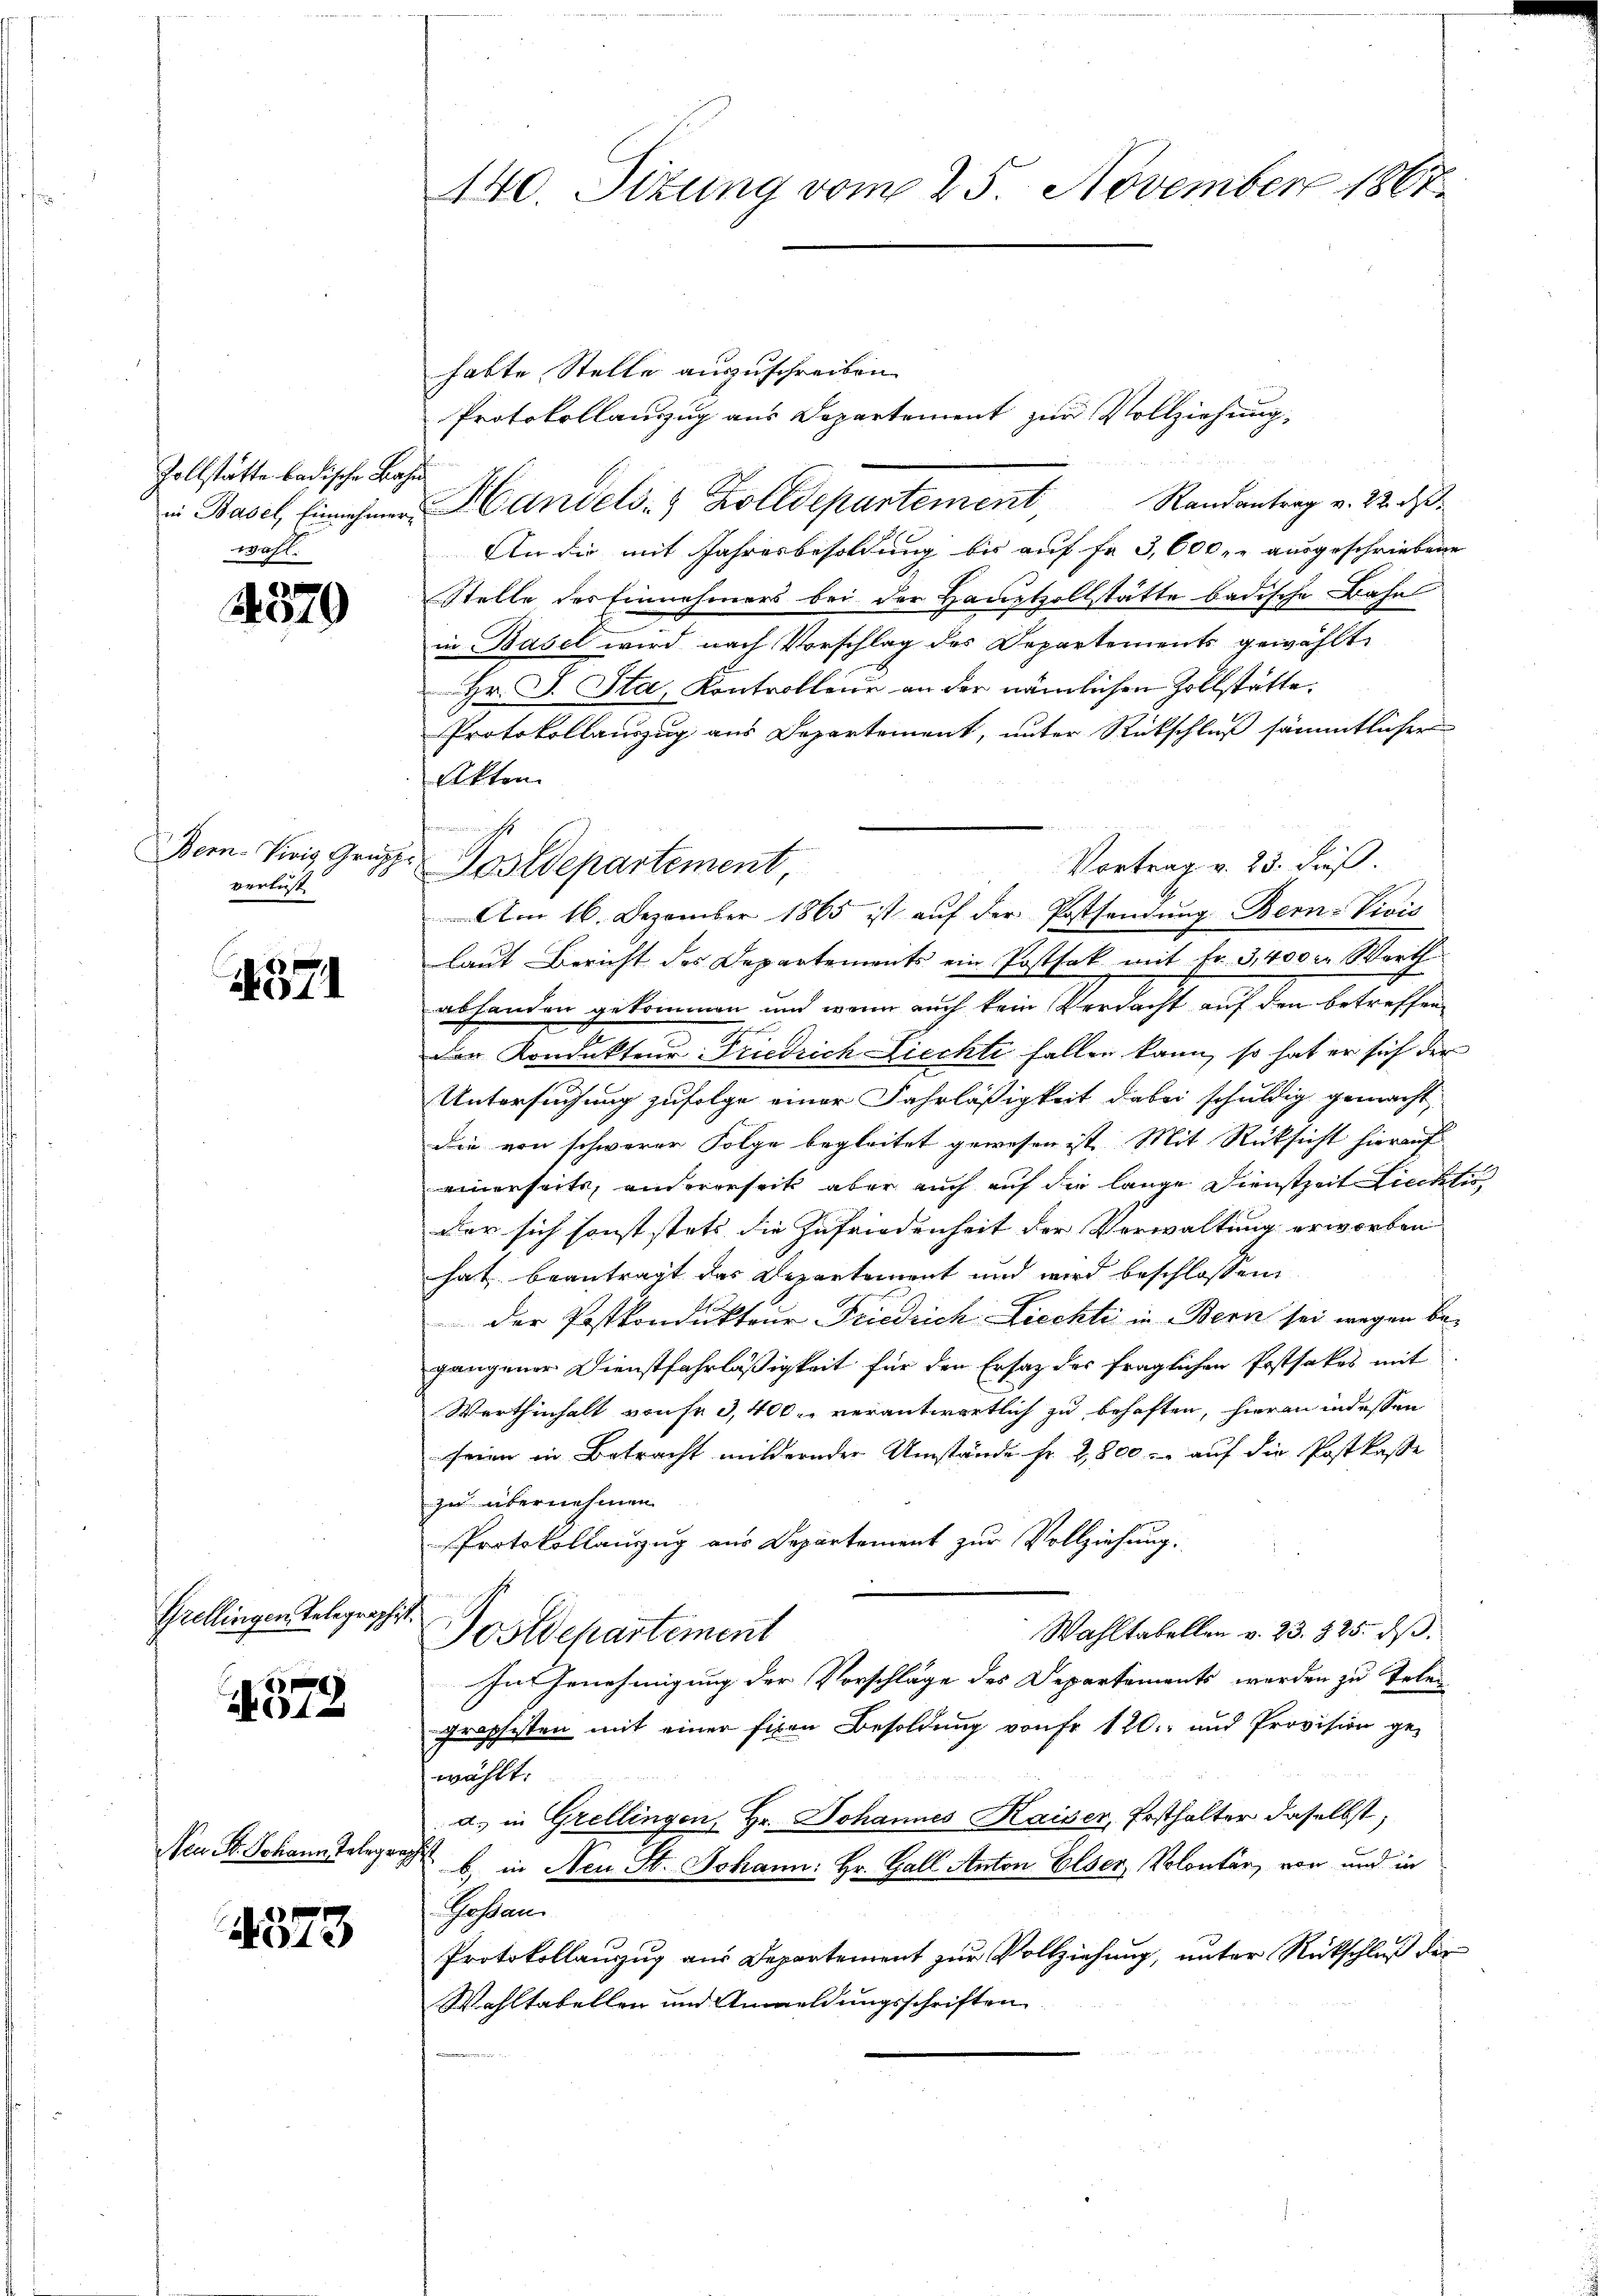
Zollstätte badische Bahn
wahl.

4379

Bern Viois Grupp
verlust

4571

Grellingen Telegraphist.
1

A01

Ven. Fr. Johann Telegraphe

4373

habte Stelle auszuschreiben.
Protokollauszug aus Departement zur Vollziehung,
.
in Basel Einnehmen Handels- & Zolldepartement, Randantrag v. 22. d.
An die mit Jahresbesoldung bis auf Fr. 3,600 r. ausgeschriebene
Stelle des Einnahmers bei der Hauptzollstätte badische Bahn
in Basel wird nach Vorschlag des Departements gewählt
Hr. J. Sta, Kontrollene an der nämlichen Zollstätte.
Protokollauszug aus Departement, unter Rückschluß sämmtlicher
Akten
Vortrag v. 23. dieß.
Am 16. Dezember 1865 ist auf der Postfandung Bern-Vivić
laut Bericht des Departements ein Postfak mit Fr. 3, 400 c. Werth
abhanden gekommen und wenn auch kein Verdacht auf den betreffen
der Kondukteur Friedrich Liechte fallen kann, so hat er sich der
Untersuchung zufolge einer Fahrläßigkeit dabei schuldig gemacht
die von schwerer Folge begleitet gewesen ist. Mit Rücksicht hierauf
einerseits, andererseit aber auch auf die lange Dienstzeit Lichti
der sich sonst stets die Zufriedenheit der Verwaltung erworben
hat beantragt das Departement und wird beschlossen
der Postkondukteur Friedrich Ziechti in Bern sei wegen begangener Dienstfahrläßigkeit für den Ersatz der fraglichen Postsakes mit
Werthinhalt von sr 3,400. verantwortlich zu behaften, hieran indessen
seien in Betracht mildernder Umstände Fr. 2,800. auf die Postkasse
zu übernehmen.
Protokollanzug aus Departement zur Vollziehung.
en in se
Wahltabellen v. 23. 825. dβ.
Postdepartement
Im Genehmigung der Vorschläge des Departements werden zu Telegrossesten mit einer fixen Besoldung von fr 120.- und Provision ge-
wählt:
a. in Grellingen, Hr. Johannes Kaiser, Posthalter daselbst,
b) in Neu St. Johann: Hr. Gall Anton Elser, Solontär von und in
h. Gestan
Protokollauzug aus Departement zur Vollziehung, unter Rückschluß der
Wahltabellen und Anmeldungsschriften

140. Sizung vom 25. November 1867.

un
Sostdepartement,